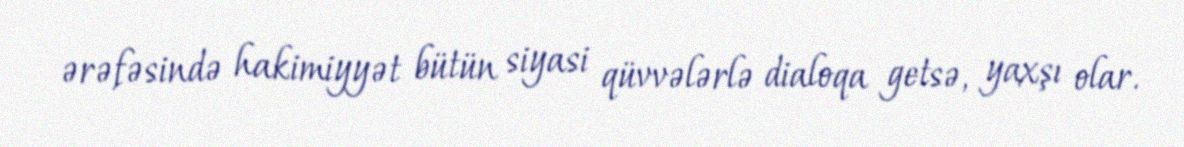
ərəfəsində hakimiyyət bütün siyasi qüvvələrlə dialoqa getsə, yaxşı olar.